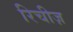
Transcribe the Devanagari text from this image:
रिचीज़